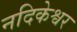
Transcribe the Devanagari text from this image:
नदिकेश्वर